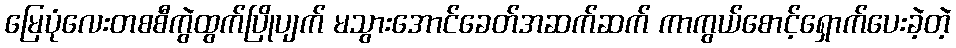
မြေပုံလေးတစစီကွဲထွက်ပြိုပျက် မသွားအောင်ခေတ်အဆက်ဆက် ကာကွယ်စောင့်ရှောက်ပေးခဲ့တဲ့